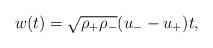
LaTeX: \begin{align*}w(t)=\sqrt{\rho_{+}\rho_{-}}(u_--u_+)t,\end{align*}